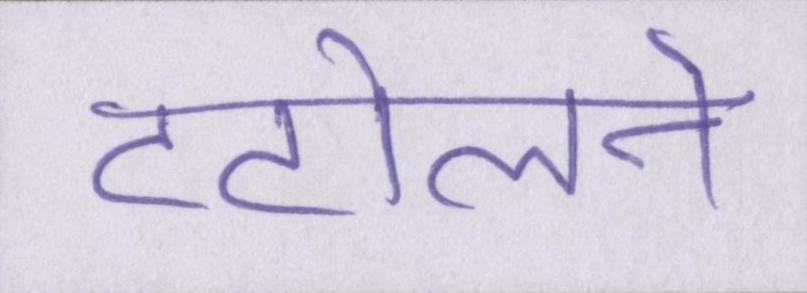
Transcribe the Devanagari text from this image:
टटोलने